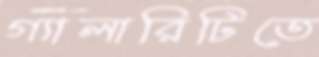
গ্যালারিটিতে